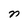
Character: n